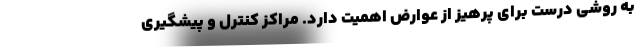
به روشی درست برای پرهیز از عوارض اهمیت دارد. مراکز کنترل و پیشگیری